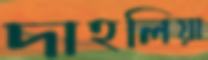
দাহলিয়া